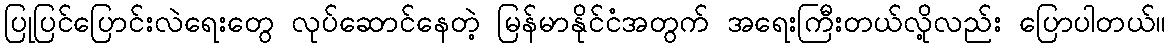
ပြုပြင်ပြောင်းလဲရေးတွေ လုပ်ဆောင်နေတဲ့ မြန်မာနိုင်ငံအတွက် အရေးကြီးတယ်လို့လည်း ပြောပါတယ်။